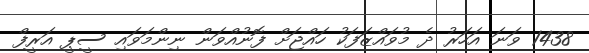
1438 ވަނަ އަހަރު ދެ މުވައްޒަފަކު ހައްޖަށް ފޮނުއްވަން ނިންމަވައި ސީޕީ އަރީފް